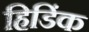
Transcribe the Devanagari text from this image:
हिडिंक